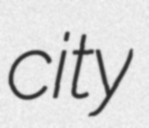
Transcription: city